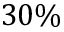
3 0 \%